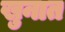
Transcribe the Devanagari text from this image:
खुनात